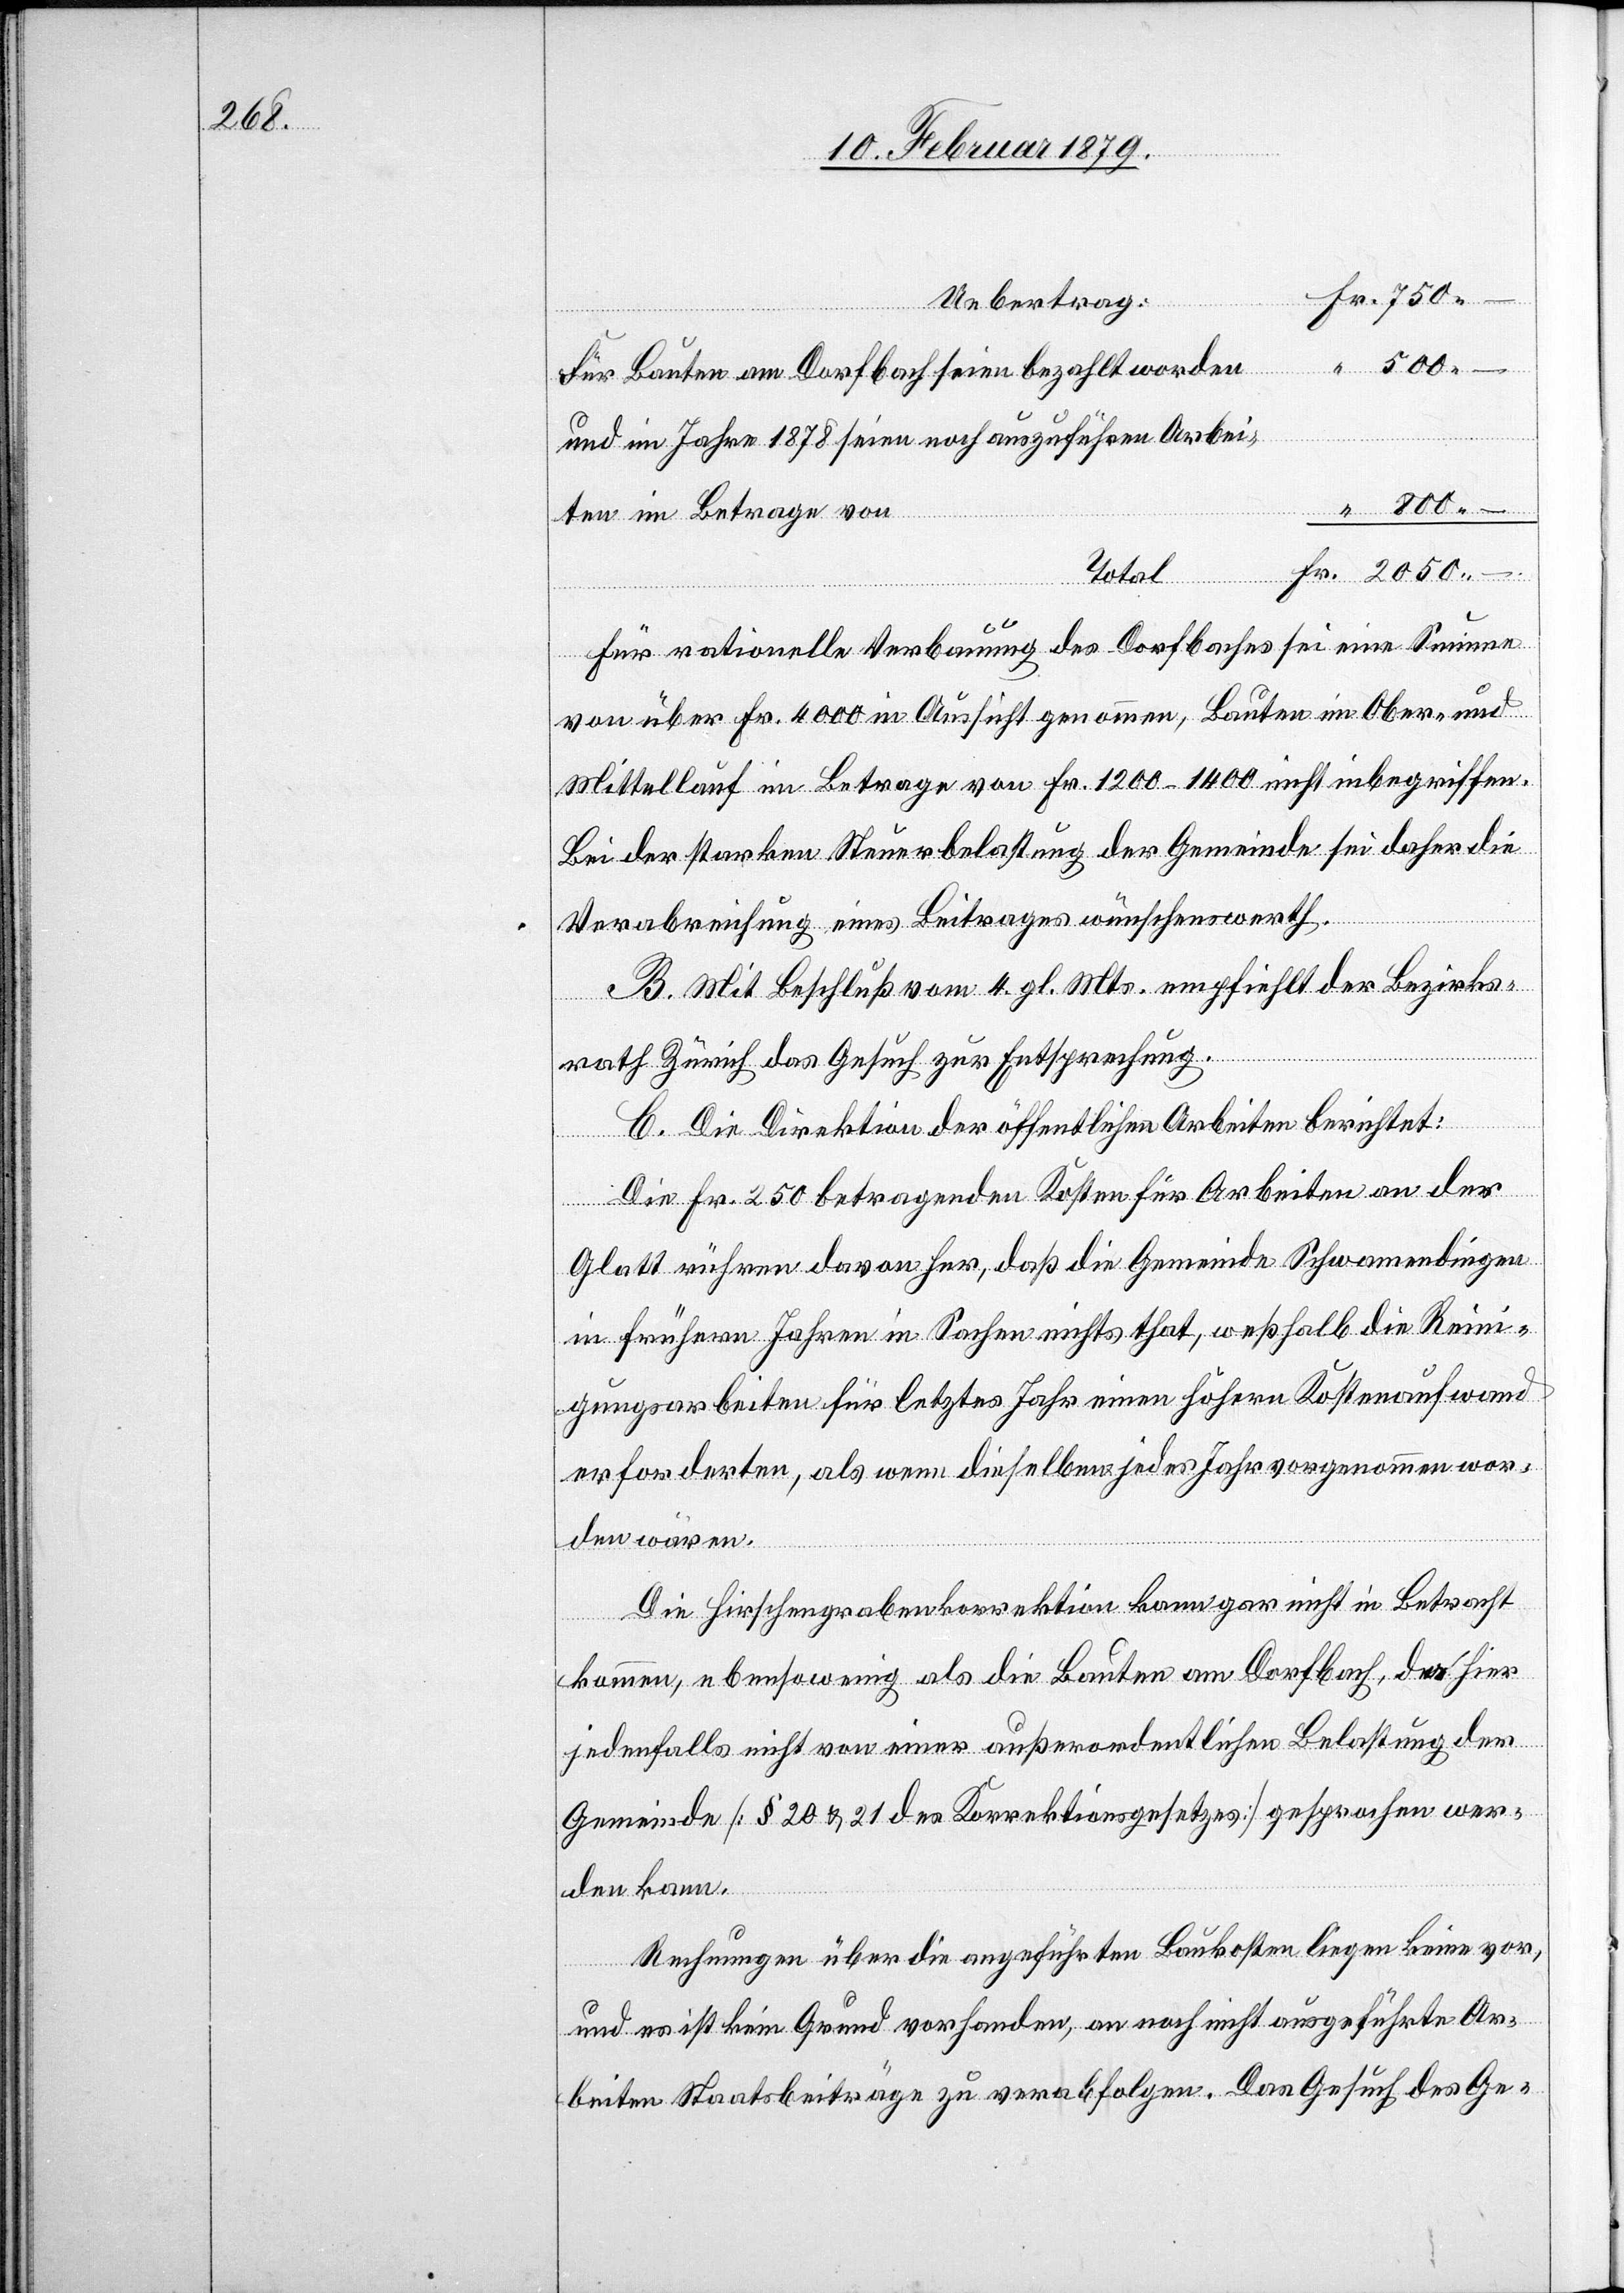
2050.–

Uebertrag
Für Bauten am Dorfbach seien bezahlt worden
und im Jahre 1878 seien noch auszuführen Arbei¬
ten im Betrage von
Total
Für rationelle Verbauung des Dorfbaches sei eine Summe
von über Fr. 4000 in Aussicht genommen, Bauten im Ober- und
Mittellauf im Betrage von Fr. 1200–1400 nicht inbegriffen.
Bei der starken Steuerbelastung der Gemeinde sei daher die
Verabreichung eines Beitrages wünschenswerth.
B. Mit Beschluß vom 4. gl. Mts. empfiehlt der Bezirks¬
rath Zürich das Gesuch zur Entsprechung.
C. Die Direktion der öffentlichen Arbeiten berichtet:
Fr.
Die Fr. 250 betragenden Kosten für Arbeiten an der
Glatt rühren davon her, daß die Gemeinde Schwamendingen
in frühern Jahren in Sachen nichts that, weßhalb die Reini¬
gungsarbeiten für letztes Jahr einen höhern Kostenaufwand
erforderten, als wenn dieselben jedes Jahr vorgenommen wor¬
den wären.
Die Hirschengrabenkorrektion kann gar nicht in Betracht
kommen, ebensowenig als die Bauten am Dorfbach, da hier
jedenfalls nicht von einer außerordentlichen Belastung der
Gemeinde [§ 20 & 21 des Korrektionsgesetzes] gesprochen wer¬
den kann.
Rechnungen über die angeführten Baukosten liegen keine vor,
und es ist kein Grund vorhanden, an noch nicht ausgeführte Ar¬
beiten Staatsbeiträge zu verabfolgen. Das Gesuch des Ge-